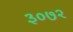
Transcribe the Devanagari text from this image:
३०७२